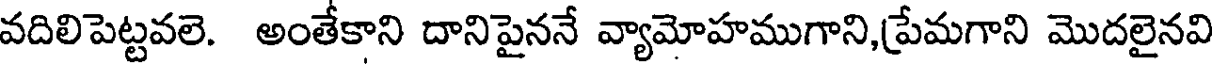
వదిలిపెట్టవలె. అంతేకాని దానిపైననే వ్యామోహముగాని,ప్రేమగాని మొదలైనవి